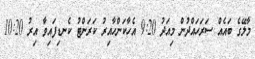
މާލޭގެ ބައެއް ސަރަހައްދުން މިއަދު 9:20 އެހާކަންހާއިރު ކަރަންޓު ކެނޑިފައިވާ އިރު 10:20